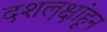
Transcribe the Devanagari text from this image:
दशल़क्षांहून